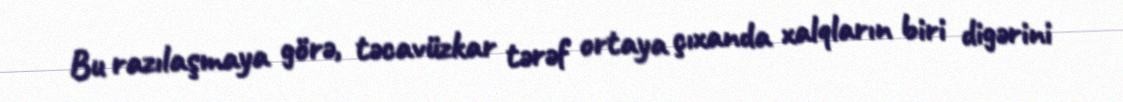
Bu razılaşmaya görə, təcavüzkar tərəf ortaya çıxanda xalqların biri digərini